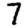
Digit: 7